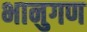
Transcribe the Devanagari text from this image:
भानुगण